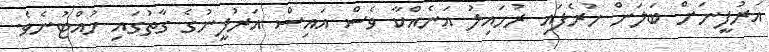
އަރުފީނަށް ބަލަން ހުރެފައި ރުހައިލު އަނެއްކާ ވެސް އައިސް އަރުފީނުގެ ގާތުގައި ހުއްޓުނެވެ.